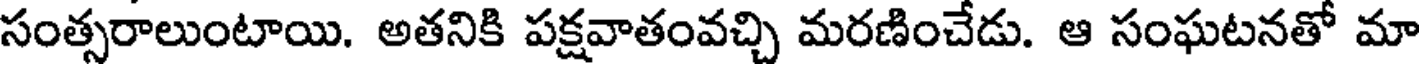
సంత్సరాలుంటాయి. అతనికి పక్షవాతంవచ్చి మరణించేడు. ఆ సంఘటనతో మా